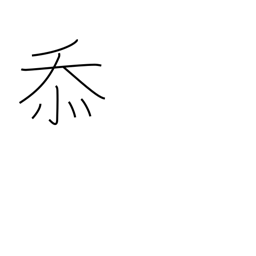
Meaning: grateful